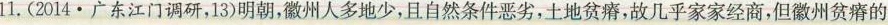
11. (2014·广东江门调研，13)明朝，徽州人多地少，且自然条件恶劣，土地贫瘠，故几乎家家经商，但徽州贫瘠的